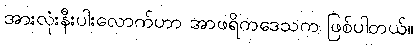
အားလုံးနီးပါးလောက်ဟာ အာဖရိကဒေသက ဖြစ်ပါတယ်။